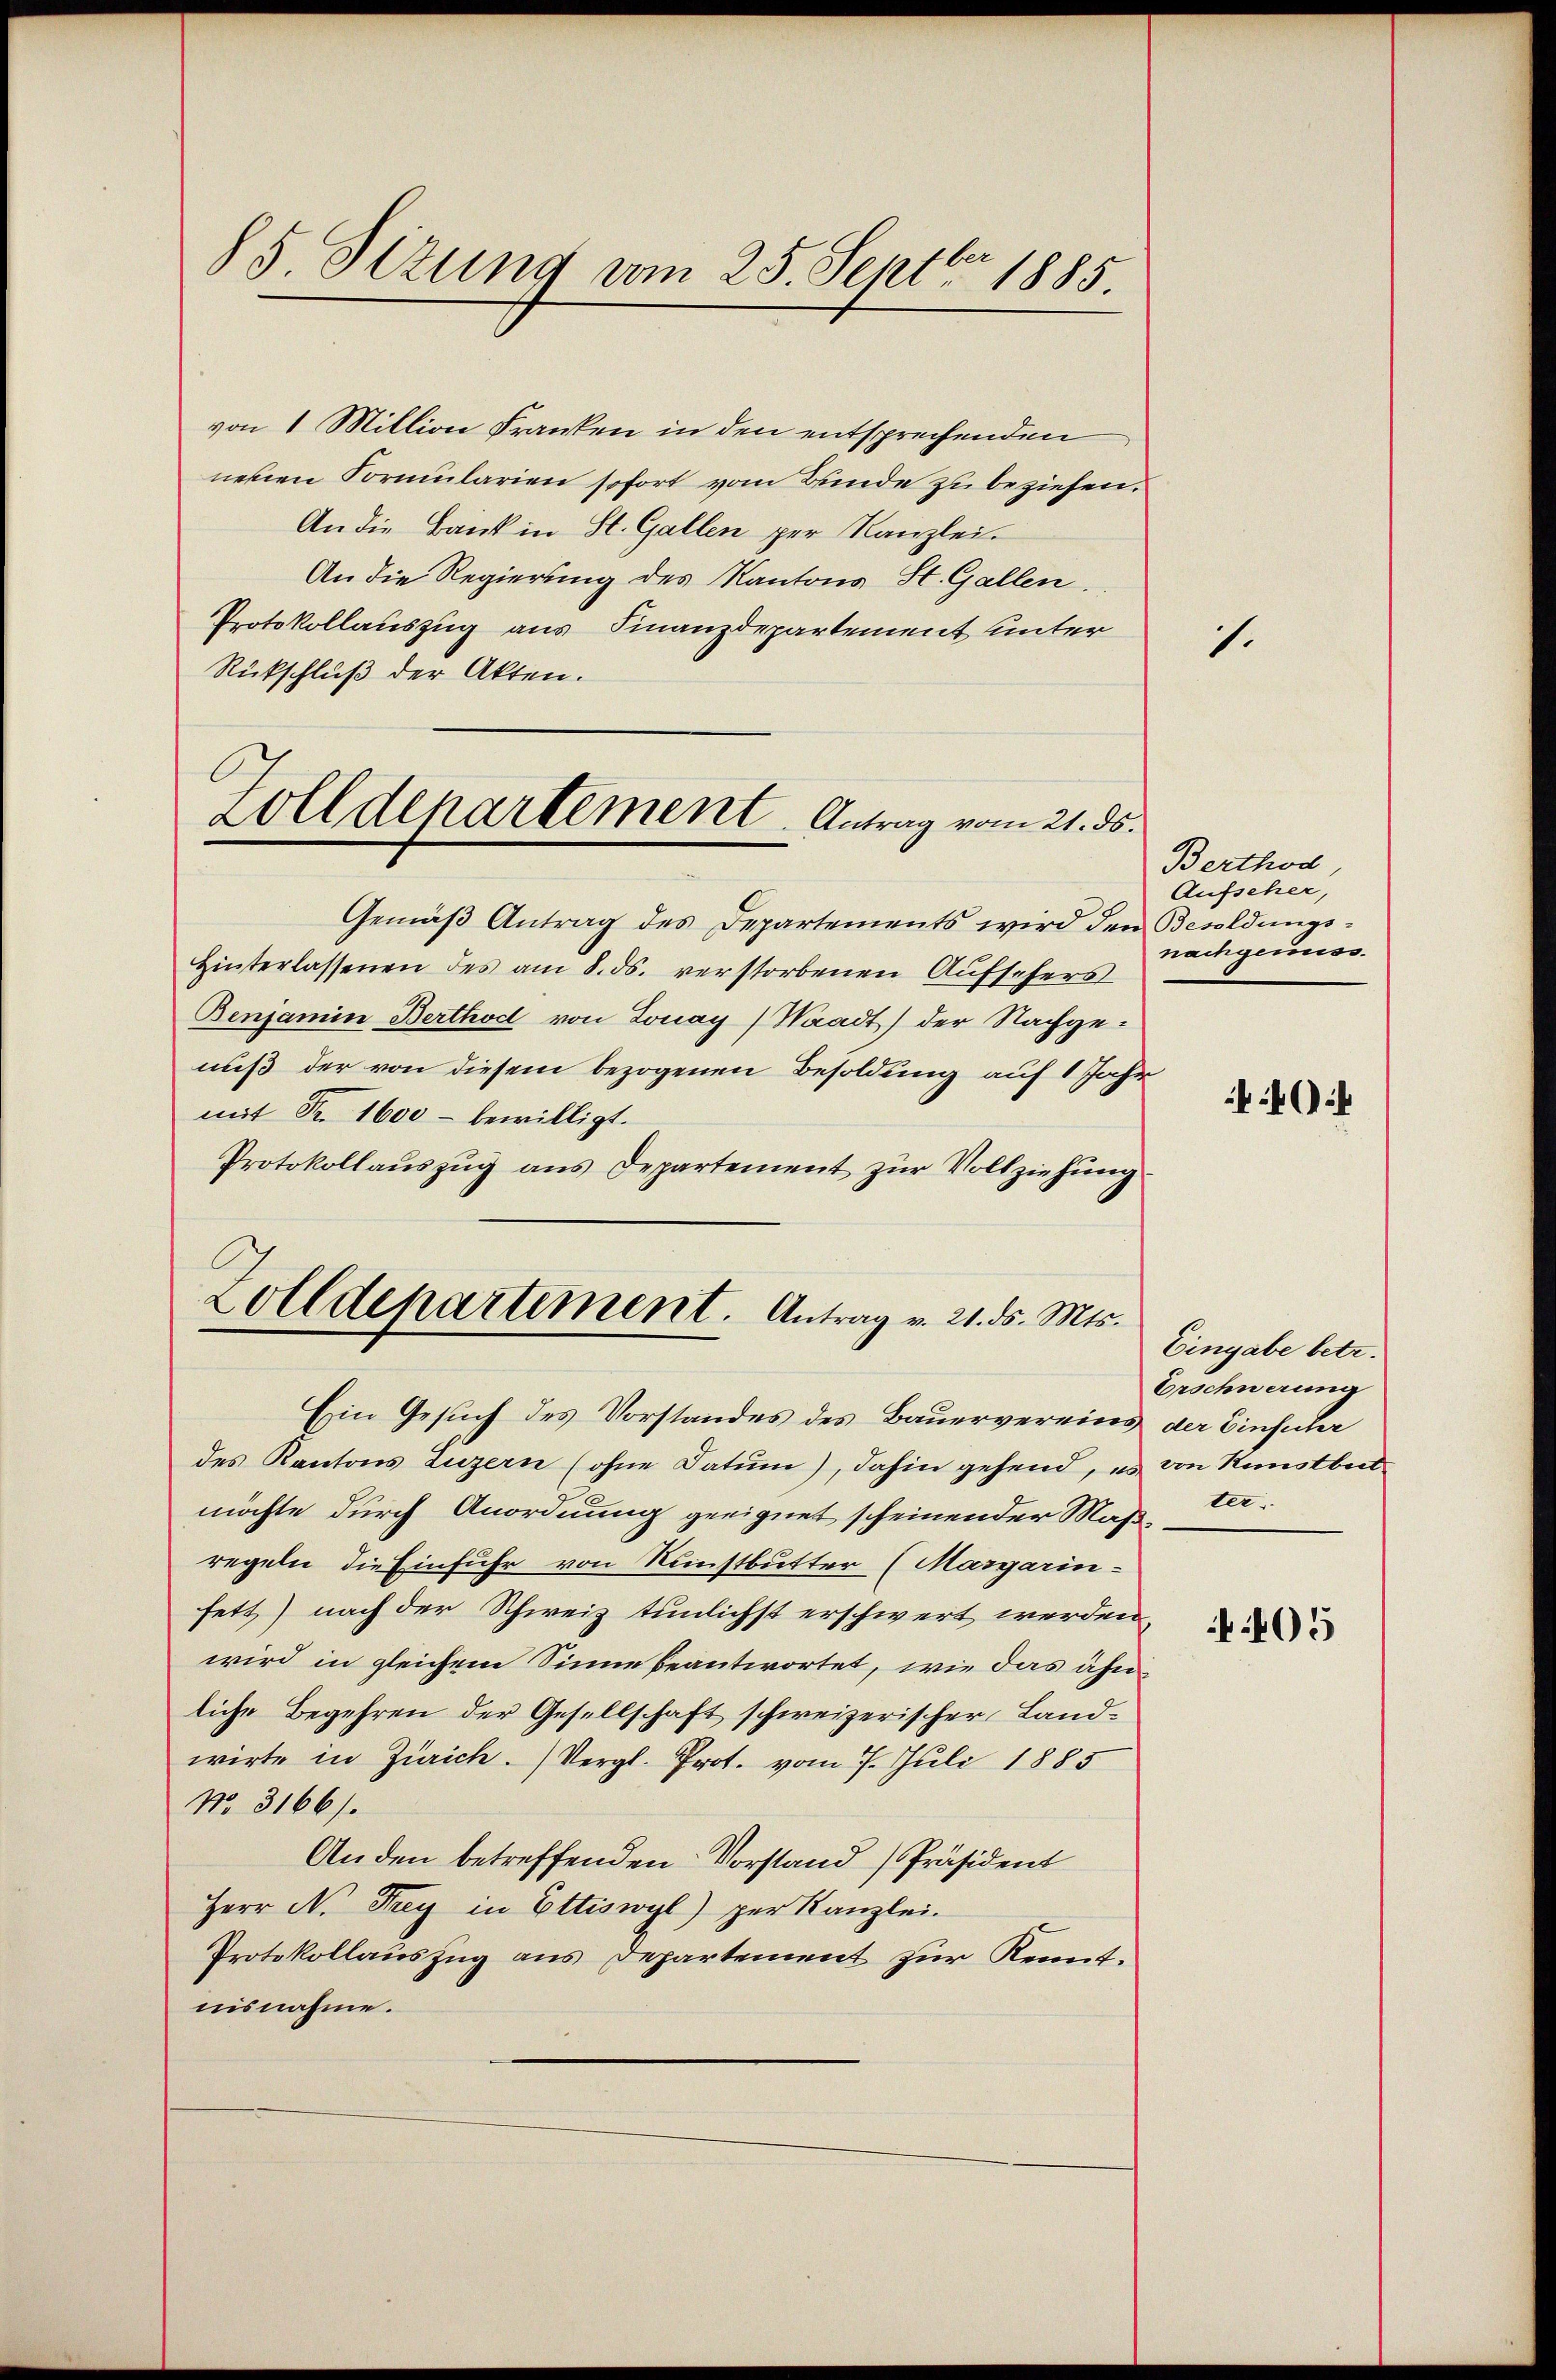
85 Sizung vom 25. Septbr. 1885.

von 1 Million Franken in den entsprechenden
nenen Formularien sofort vom Binde zu beziehen.
An die Bank in St. Gallen per Kanzlei.
An die Regierung des Kantons St. Gallen.
Protokollauszug aus Finanzdepartement unter
Rückschluß der Akten.

l
Zoll denartement. Antrag vom 21. ds.

Gemäß Antrag des Departements wird den Besoldungs-
Hinterlassenen des am 8. ds. verstorbenen Aufsehers
Benjamin Berthod von Lonay) Waadt) der Nachge-
nuß der von diesem bezogenen Besoldung auf 1 Jahr
mit Fr. 1600 - bewilligt.
Protokollauszug aus Departement zur Vollziehung
Zolldepartement. Antrag v. 21. ds. Mts.

Ein Gesuch des Vorstandes des Bauervereins der Einfuhr
des Kantons Luzern (ohne Datum), dahin gehend, es von Restbeitmöchte durch Anordnung geeignet scheinender Maß terregeln die Einfuhr von Kunstbutter (Margarinfett) nach der Schweiz tunlichst erschwert werden,
wird in gleichem Sinne beantwortet, wie das ähn
liche Begehren der Gesellschaft schweizerischer Landwirte in Zürich. Vergl. Prot. vom 7. Juli 1885
No. 3166/.
Anden betreffenden Vorstand Präsident
Herr N. Frey in Ettiswyl) per Kanzlei.
Protokollauszug aus Departement zur Kennt.
nisnahme.

1.

Berthod,
Aufscher,
nachgemiss.

Eingabe betr.
Erschwerung

405